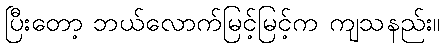
ပြီးတော့ ဘယ်လောက်မြင့်မြင့်က ကျသနည်း။